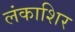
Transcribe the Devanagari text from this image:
लंकाशिर